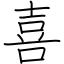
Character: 喜